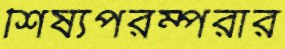
শিষ্যপরম্পরার